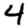
Digit: 4